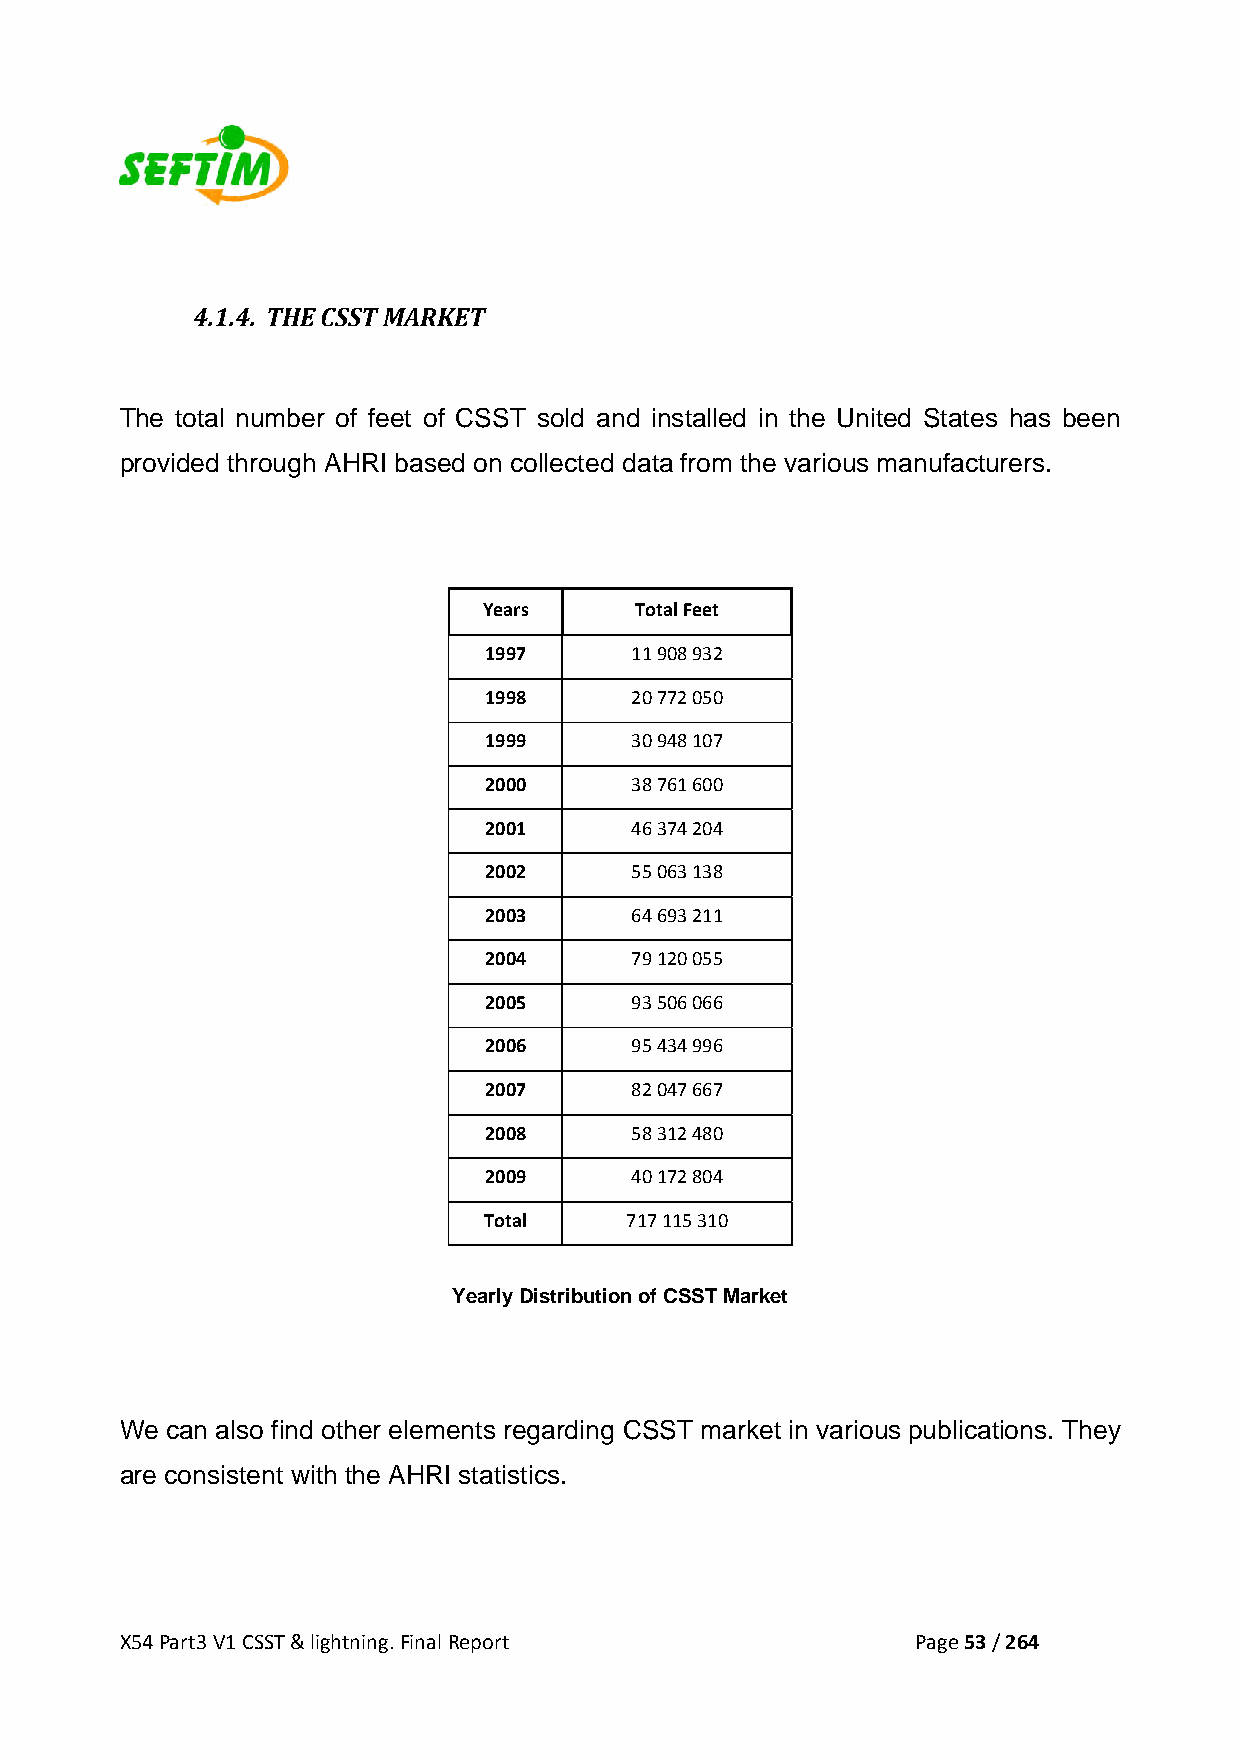
4.1.4. THE CSST MARKET
 The total number of feet of CSST sold and installed in the United States has been
 provided through AHRI based on collected data from the various manufacturers.
 Years     Total Feet
 1997      11 908 932
 1998      20 772 050
 1999      30 948 107
 2000      38 761 600
 2001      46 374 204
 2002      55 063 138
 2003      64 693 211
 2004      79 120 055
 2005      93 506 066
 2006      95 434 996
 2007      82 047 667
 2008      58 312 480
 2009      40 172 804
 Total    717 115 310
 Yearly Distribution of CSST Market
 We can also find other elements regarding CSST market in various publications. They
 are consistent with the AHRI statistics.
 X54 Part3 V1 CSST & lightning. Final Report          Page 53 / 264